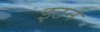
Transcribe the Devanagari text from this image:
इटर्न